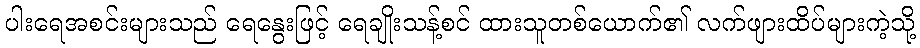
ပါးရေအစင်းများသည် ရေနွေးဖြင့် ရေချိုးသန့်စင် ထားသူတစ်ယောက်၏ လက်ဖျားထိပ်များကဲ့သို့